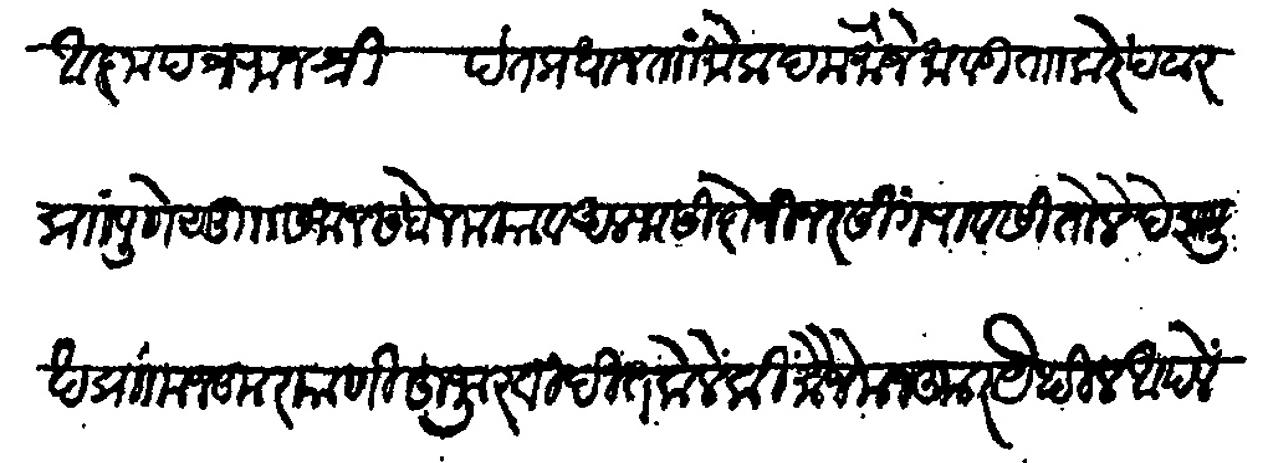
Transliteration (Devanagari): आज्ञापत्र राजश्री पंतप्रधान ताा मोकदाम मौजे मावडी ताा करेपटार प्रा पुणे सु समान सबैनमया व अलफ सिदोजी नरसिंगराव सितोले देसमुख प्राा मजकुर याणी हुजुर विदीत केले की मौजे मजकुर येथील आपले